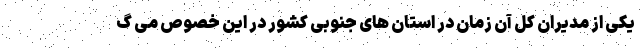
یکی از مدیران کل آن زمان در استان های جنوبی کشور در این خصوص می گ